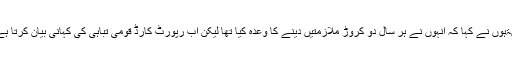
انۃہوں نے کہا کہ انہوں نے ہر سال دو کروڑ ملازمتیں دینے کا وعدہ کیا تھا لیکن اب رپورٹ کارڈ قومی تباہی کی کہانی بیان کرتا ہے۔